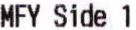
MFY SIDE 1